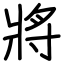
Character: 將